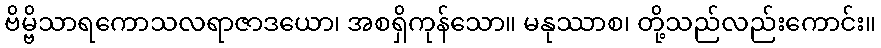
ဗိမ္ဗိသာရကောသလရာဇာဒယော၊ အစရှိကုန်သော။ မနုဿာစ၊ တို့သည်လည်းကောင်း။